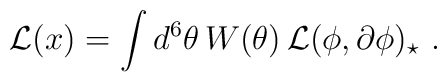
{\cal L}(x) = \int d^6\theta \, W(\theta) \, {\cal L}(\phi,\partial\phi)_\star \ .